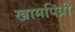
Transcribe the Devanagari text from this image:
खामपिंप्री